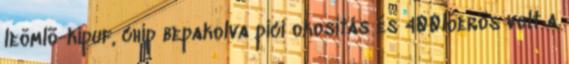
leömlõ-kipuf, chip bepakolva pici okosítás és 400lóerõs volt a